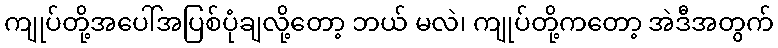
ကျုပ်တို့အပေါ်အပြစ်ပုံချလို့တော့ ဘယ် မလဲ၊ ကျုပ်တို့ကတော့ အဲဒီအတွက်